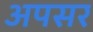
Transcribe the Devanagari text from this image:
अपसर